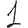
Digit: 1